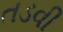
તડવી